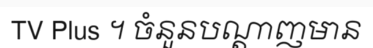
TV Plus ។ ចំនួនបណ្តាញមាន